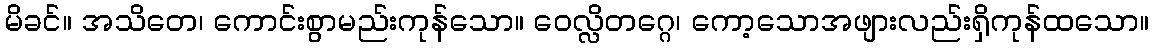
မိခင်။ အသိတေ၊ ကောင်းစွာမည်းကုန်သော။ ဝေလ္လိတဂ္ဂေ၊ ကော့သောအဖျားလည်းရှိကုန်ထသော။